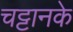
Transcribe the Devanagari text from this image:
चट्टानके